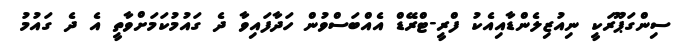
ސިންގަޕޫރަކީ ނިއުޒިލެންޑާއިއެކު ފްރީ-ޓްރޭޑް އެއްބަސްވުން ހަދާފައިވާ ދެ ގައުމުކަމަށްވާތީ އެ ދެ ގައުމު